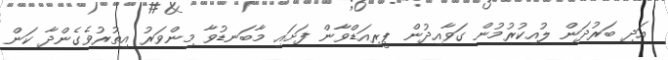
އަދި ބަރުދަން ލުއިކުރުމުން ގަވާއިދުން ޕީރިއަޑްވާން ފަށައި މާބަނޑުވާ މިންވަރު އިތުރުވެގެންދާ ކަން